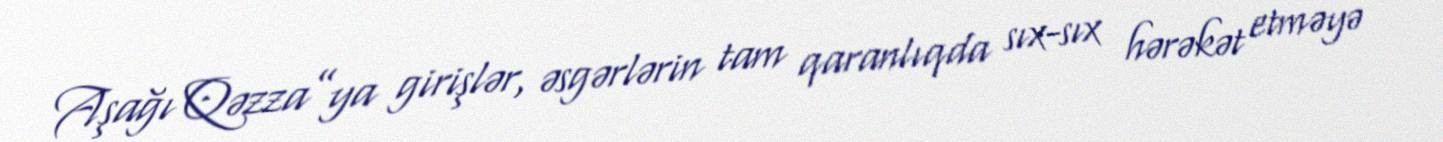
Aşağı Qəzza”ya girişlər, əsgərlərin tam qaranlıqda sıx-sıx hərəkət etməyə